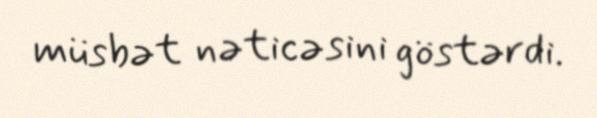
müsbət nəticəsini göstərdi.